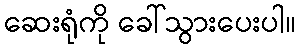
ဆေးရုံကို ခေါ်သွားပေးပါ။